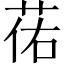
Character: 𫈈